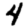
Digit: 4